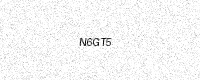
Text: N6GT5